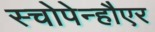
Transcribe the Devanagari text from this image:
स्चोपेन्हौएर